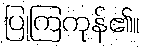
ပြုကြကုန်၏။